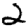
Digit: 2